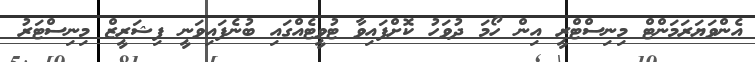
އެންވަޔަރަމަންޓް މިނިސްޓްރީ އިން ހޯމަ ދުވަހު ކޮށްފައިވާ ޓުވީޓެއްގައި ބުނެފައިވަނީ ފިޝަރީޒް މިނިސްޓަރު